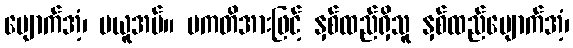
ပျောက်အံ့၊ မယူအပ်။ ပကတိအားဖြင့် နှစ်ထည်ရှိသူ နှစ်ထည်ပျောက်အံ့၊